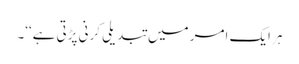
ہر ایک امر میں تبدیلی کرنی پڑتی ہے‘‘۔